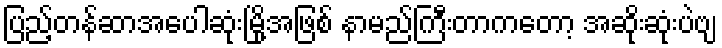
ပြည့်တန်ဆာအပေါဆုံးမြို့အဖြစ် နာမည်ကြီးတာကတော့ အဆိုးဆုံးပဲဗျ